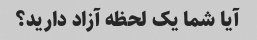
آیا شما یک لحظه آزاد دارید؟